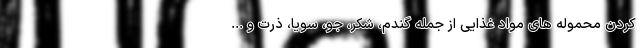
کردن محموله های مواد غذایی از جمله گندم، شکر، جو، سویا، ذرت و ...